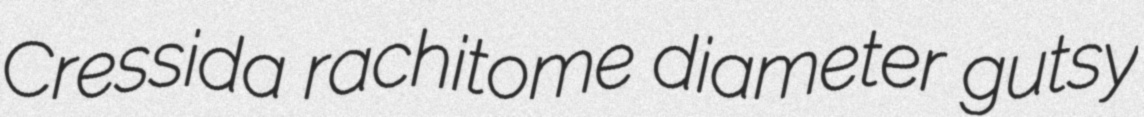
Cressida rachitome diameter gutsy